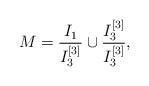
LaTeX: \begin{align*}M = \frac{I_1}{I_3^{[3]}} \cup \frac{I_3^{[3]}}{I_3^{[3]}},\end{align*}